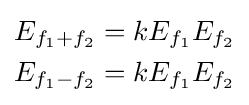
{\begin{aligned}E_{f_{1}+f_{2}}&=kE_{f_{1}}E_{f_{2}}\\E_{f_{1}-f_{2}}&=kE_{f_{1}}E_{f_{2}}\end{aligned}}